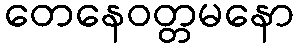
တေနေဝတ္တမနော